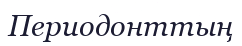
Периодонттың